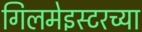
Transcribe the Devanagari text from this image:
गिलमेइस्टरच्या